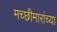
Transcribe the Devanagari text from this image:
मच्छीमारांच्या